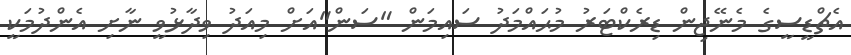
އެޗްޑީސީގެ މެނޭޖިން ޑިރެކްޓަރު މުޙައްމަދު ސައިމަން "ސަން"އަށް މިއަދު ވިދާޅުވީ ނާށި އެންދުމަކީ